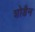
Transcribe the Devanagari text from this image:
शोडैन